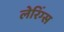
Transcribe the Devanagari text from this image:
लेरिंग्स